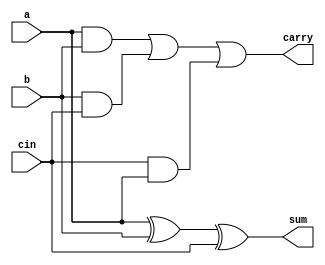
module full_adder(a,b,cin,sum,carry);

input a,b,cin;
output sum,carry;

assign sum=a^b^cin;
assign carry=(a&b)|(b&cin)|(cin&a);

endmodule

module ripple_carry_adder(input [3:0]a,b,input cin, output [3:0]sum,output c4);

wire c1,c2,c3;

full_adder fa0(a[0],b[0],cin,sum[0],c1);
full_adder fa1(a[1],b[1],c1,sum[1],c2);
full_adder fa2(a[2],b[2],c2,sum[2],c3);
full_adder fa3(a[3],b[3],c3,sum[3],c4);
                
endmodule